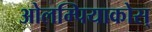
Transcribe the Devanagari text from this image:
ओलम्पियाकोस्